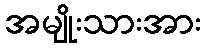
အမျိုးသားအား